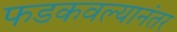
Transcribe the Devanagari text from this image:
फडकवल्यानंतर